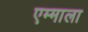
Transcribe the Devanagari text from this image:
एम्माला